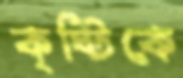
কৃষ্টিকে